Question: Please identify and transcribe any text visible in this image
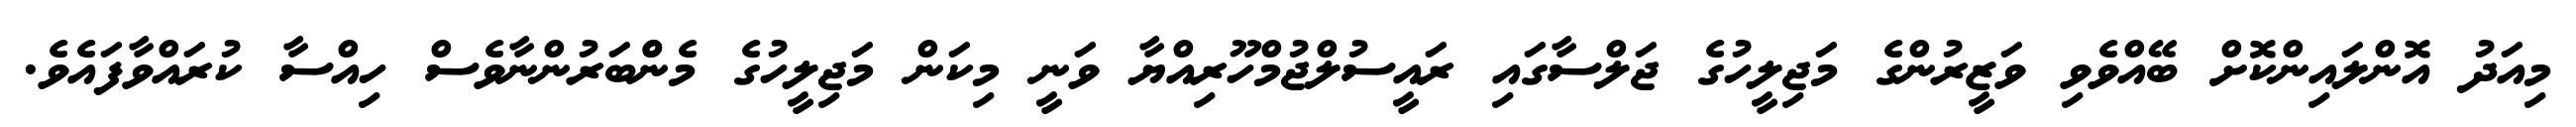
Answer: މިއަދު އޮންލައިންކޮށް ބޭއްވެވި ވަޒީރުންގެ މަޖިލީހުގެ ޖަލްސާގައި ރައީސުލްޖުމްހޫރިއްޔާ ވަނީ މިކަން މަޖިލީހުގެ މެންްބަރުންނާވެސް ހިއްސާ ކުރައްވާފައެވެ.